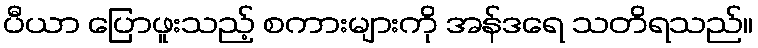
ပီယာ ပြောဖူးသည့် စကားများကို အန်ဒရေ သတိရသည်။